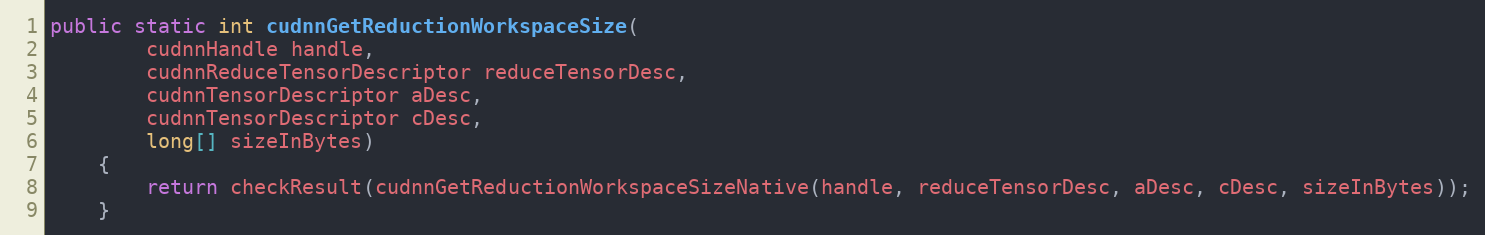
Language: Java
public static int cudnnGetReductionWorkspaceSize(
        cudnnHandle handle,
        cudnnReduceTensorDescriptor reduceTensorDesc,
        cudnnTensorDescriptor aDesc,
        cudnnTensorDescriptor cDesc,
        long[] sizeInBytes)
    {
        return checkResult(cudnnGetReductionWorkspaceSizeNative(handle, reduceTensorDesc, aDesc, cDesc, sizeInBytes));
    }